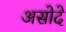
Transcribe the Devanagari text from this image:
असोदे